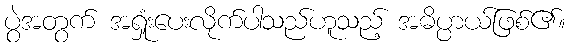
ပွဲအတွက် အရှုံးပေးလိုက်ပါသည်ဟူသည့် အဓိပ္ပာယ်ဖြစ်၏။